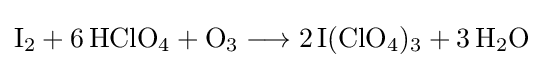
{\mathrm {I} {\vphantom {A}}_{\smash[{t}]{2}}{}+{}6\,\mathrm {HClO} {\vphantom {A}}_{\smash[{t}]{4}}{}+{}\mathrm {O} {\vphantom {A}}_{\smash[{t}]{3}}{}\mathrel {\longrightarrow } {}2\,\mathrm {I} (\mathrm {ClO} {\vphantom {A}}_{\smash[{t}]{4}}){\vphantom {A}}_{\smash[{t}]{3}}{}+{}3\,\mathrm {H} {\vphantom {A}}_{\smash[{t}]{2}}\mathrm {O} }